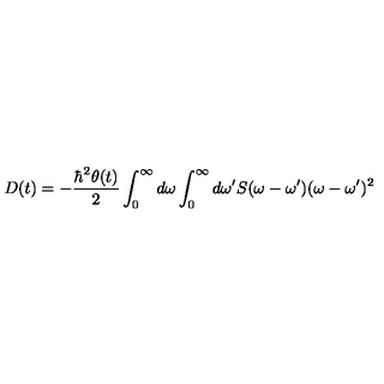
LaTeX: D ( t ) = - \frac { \hbar ^ { 2 } \theta ( t ) } { 2 } \int _ { 0 } ^ { \infty } { d \omega } \int _ { 0 } ^ { \infty } { d \omega ^ { \prime } } S ( \omega - \omega ^ { \prime } ) ( \omega - \omega ^ { \prime } ) ^ { 2 }